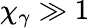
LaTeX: \chi_{\gamma}\gg 1